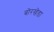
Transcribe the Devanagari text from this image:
बॊरखॆडा